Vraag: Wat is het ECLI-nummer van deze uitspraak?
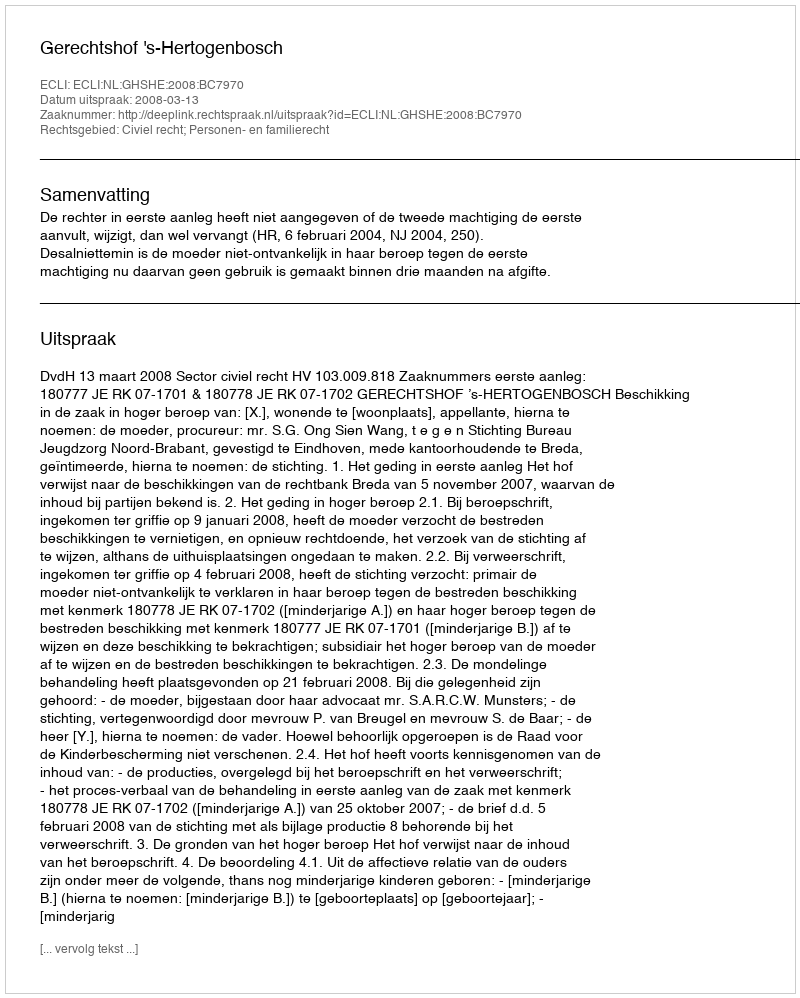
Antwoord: ECLI:NL:GHSHE:2008:BC7970